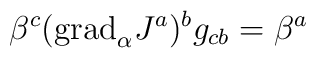
\beta^c(\mbox{grad}_{\alpha}J^a)^bg_{cb}=\beta^a